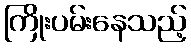
ကြိုးပမ်းနေသည့်